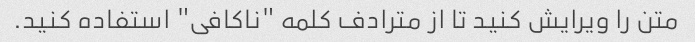
متن را ویرایش کنید تا از مترادف کلمه "ناکافی" استفاده کنید.